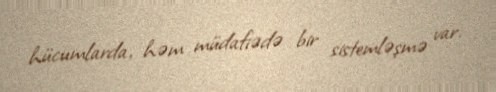
hücumlarda, həm müdafiədə bir sistemləşmə var.